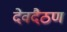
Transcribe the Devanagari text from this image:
देवदैठण